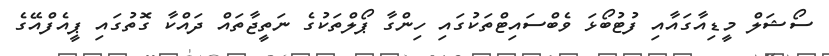
ސޯޝަލް މީޑިއާގައާއި ފުޓުބޯޅަ ވެބްސައިޓްތަކުގައި ހިންގާ ޕޯލްތަކުގެ ނަތީޖާތައް ދައްކާ ގޮތުގައި ޕީއެފްއޭގެ